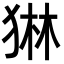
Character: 𭸓